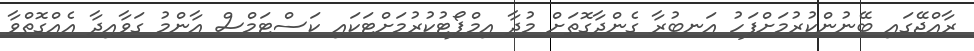
ރާއްޖޭގައި ބޭނުންކުރުމަށްފަހު އަނބުރާ ގެންދާގޮތަށް މުދާ އިމްޕޯޓުކުރުމަށްޓަކައި ކަސްޓަމްސް އާންމު ގަވާއިދާ އެއްގޮތްވާ